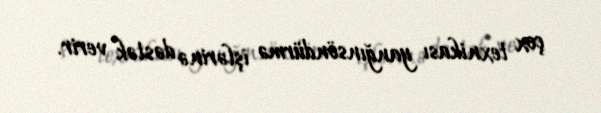
çox texnikası yanğınsöndürmə işlərinə dəstək verir.